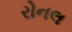
રોનલ